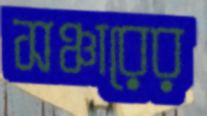
সঞ্চারের